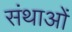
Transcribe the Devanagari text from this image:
संथाओं